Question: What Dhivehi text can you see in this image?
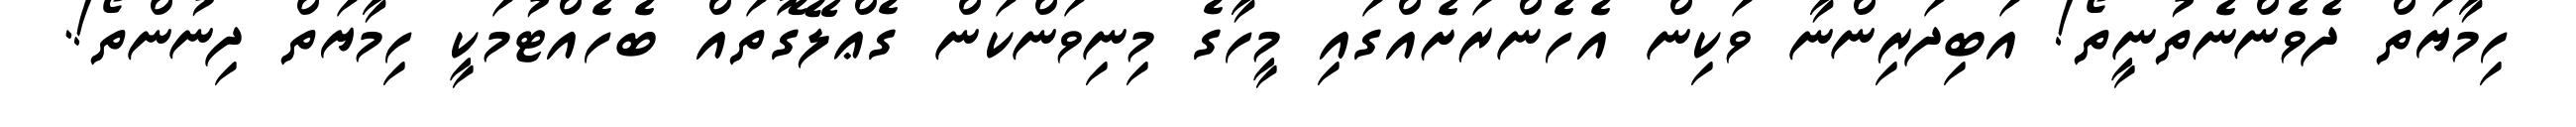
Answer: ހިމާޔަތް ދެވެންނެތުނީތޯ! އަބިދަރިންނާ ވަކިން އެހެންރަށެއްގައި މީހާގެ މިނިވަންކަން ގެޢްލޭގޮތައް ބެހެއްޓުމަކީ ހިމާޔަތް ދިނުންތޯ!.